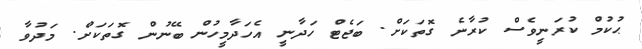
ޙުކުމް ކުރަނީވެސް ކުރާނެ ގޮތަަކަށް. ބަޖެޓް ހަދާނީ އެހަދާމީހުން ބޭނުން ގޮތަކަށް. މަދުވާ